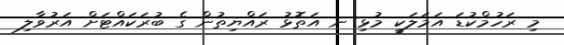
މި ރަހުމްކުޑަ އަމަލަކީ މުޅި ނ އަތޮޅު ރައްޔިތުން ގެ ބުރަކައްޓަށް އަރުވާލި